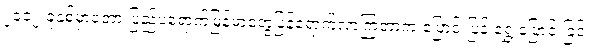
၂၀၁၂ ခုနှစ်မှာတော့ ပြည်ပရောက်မြန်မာတွေပြန်ရောက်လာကြတာက ပြောင်းပြန် ရွှေ့ပြောင်းခြင်း